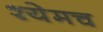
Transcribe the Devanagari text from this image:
श्येमच